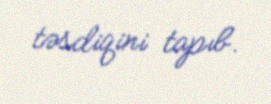
təsdiqini tapıb.